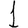
Digit: 1